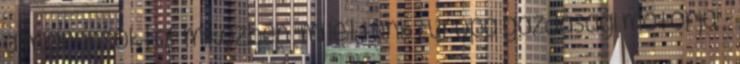
a migránsoktól" miközben "mi lettünk Európa gazdasági motorja" ,